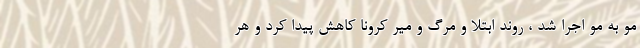
مو به مو اجرا شد ، روند ابتلا و مرگ و میر کرونا کاهش پیدا کرد و هر